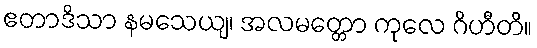
ဧတာဒိသာ နမသေယျ၊ အလမတ္တော ကုလေ ဂိဟီတိ။